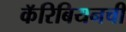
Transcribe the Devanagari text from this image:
कॅरिबियनची